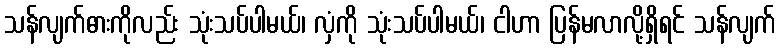
သန်လျက်ဓားကိုလည်း သုံးသပ်ပါမယ်၊ လှံကို သုံးသပ်ပါမယ်၊ ငါဟာ ပြန်မလာလို့ရှိရင် သန်လျက်